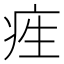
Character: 𤵙